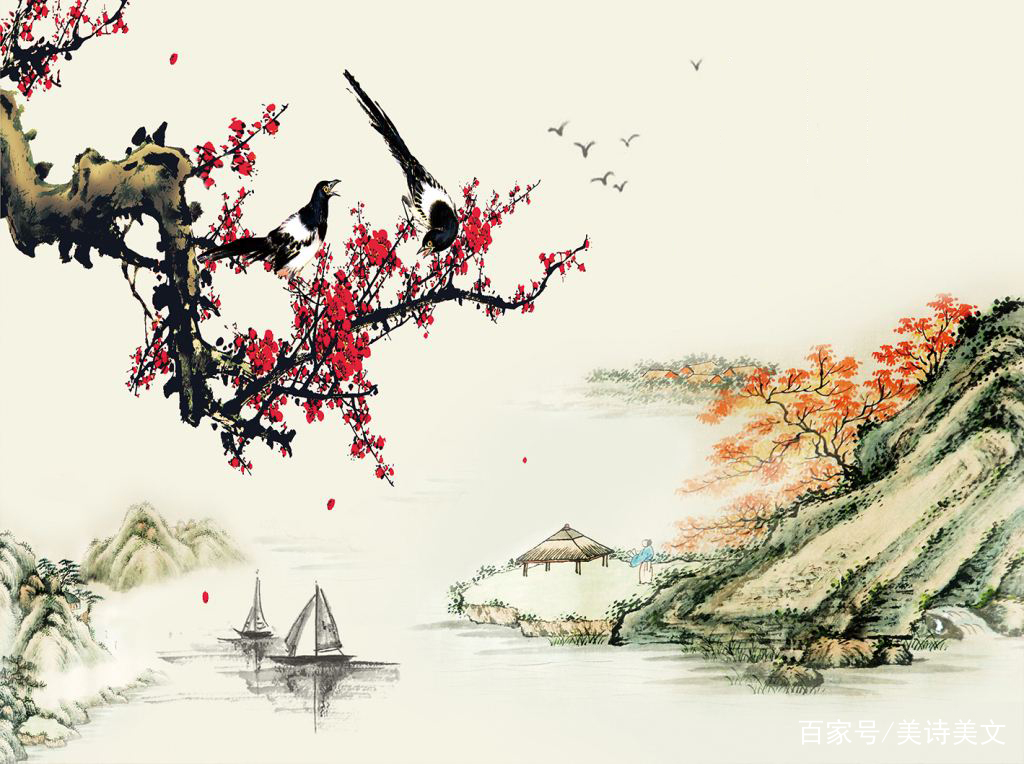
梳洗罢，独倚望江楼。